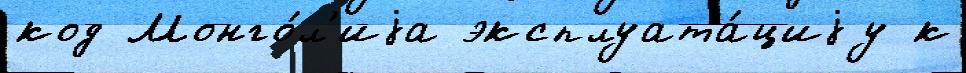
код Монго́л'иjа эксплуата́циjу к